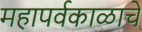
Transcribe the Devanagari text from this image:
महापर्वकाळाचे